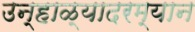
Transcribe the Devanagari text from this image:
उन्हाळ्यादरम्यान